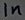
Text: 1n